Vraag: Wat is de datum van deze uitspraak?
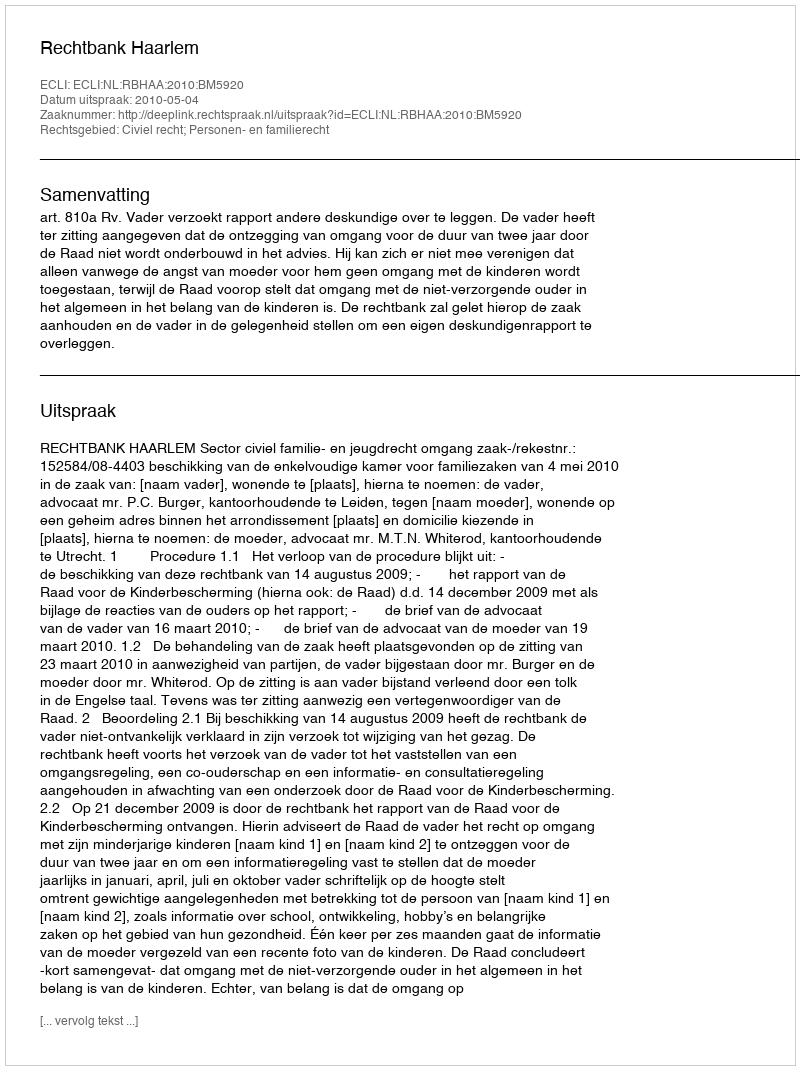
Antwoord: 2010-05-04